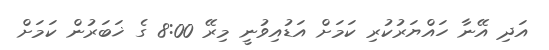
އަދި އޭނާ ހައްޔަރުކުރި ކަމަށް އަޑުއިވުނީ މިރޭ 8:00 ގެ ޚަބަރުން ކަމަށް